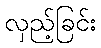
လှည့်ခြင်း